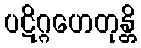
ပဋိဂ္ဂဟေတုန္တိ